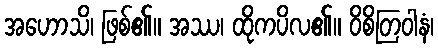
အဟောသိ၊ ဖြစ်၏။ အဿ၊ ထိုကပိလ၏။ ဝိစိတြဝါနံ၊